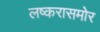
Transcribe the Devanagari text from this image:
लष्करासमोर